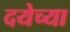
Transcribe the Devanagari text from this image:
दयेच्या